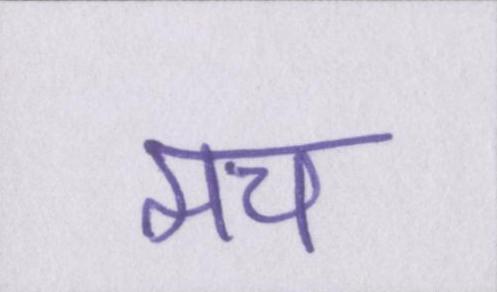
मच